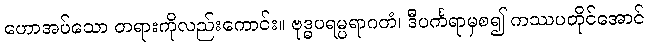
ဟောအပ်သော တရားကိုလည်းကောင်း။ ဗုဒ္ဓပရမ္ပရာဂတံ၊ ဒီပင်္ကရာမှစ၍ ကဿပတိုင်အောင်